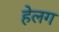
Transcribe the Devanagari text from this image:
हेलग